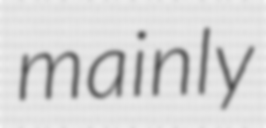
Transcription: mainly